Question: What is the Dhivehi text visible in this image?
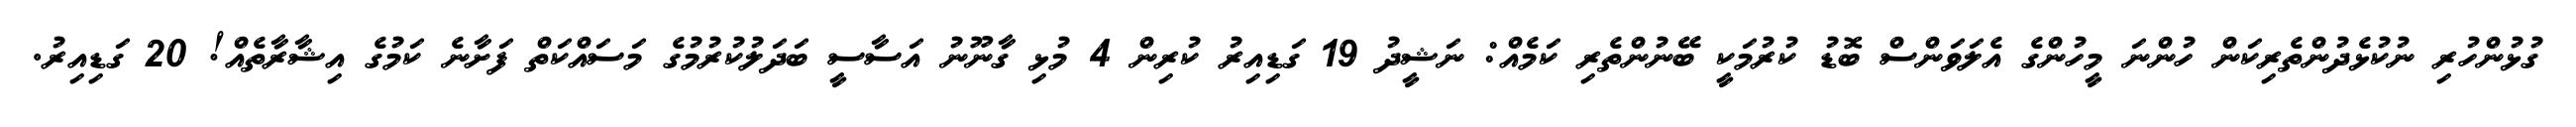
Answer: ގުޅުންހުރި ނުކުޅެދުންތެރިކަން ހުންނަ މީހުންގެ އެލަވަންސް ބޮޑު ކުރުމަކީ ބޭނުންތެރި ކަމެއް: ނަޝީދު 19 ގަޑިއިރު ކުރިން 4 މުޅި ގާނޫނު އަސާސީ ބަދަލުކުރުމުގެ މަސައްކަތް ފަށާނެ ކަމުގެ އިޝާރާތެއް! 20 ގަޑިއިރު.